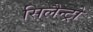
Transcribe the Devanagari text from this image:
सिलैन्ट्रो